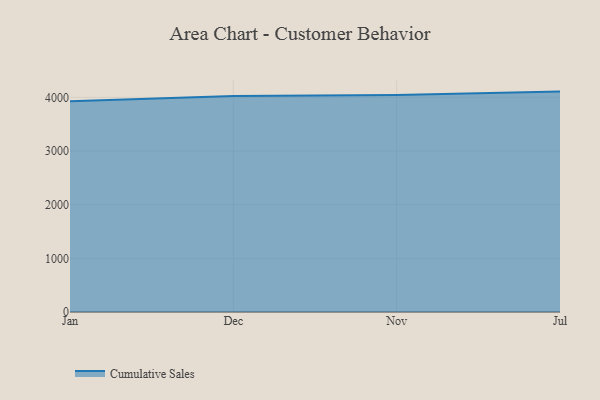
{"axis": {"x": "Month", "y": "Conversion Rate (%)"}, "legend": ["Cumulative Sales"], "data": [{"x": "Jan", "y": 3928.0, "type": "Cumulative Sales"}, {"x": "Dec", "y": 4027.2, "type": "Cumulative Sales"}, {"x": "Nov", "y": 4045.9, "type": "Cumulative Sales"}, {"x": "Jul", "y": 4108.1, "type": "Cumulative Sales"}]}